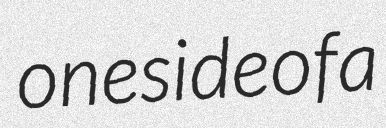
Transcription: one side of a